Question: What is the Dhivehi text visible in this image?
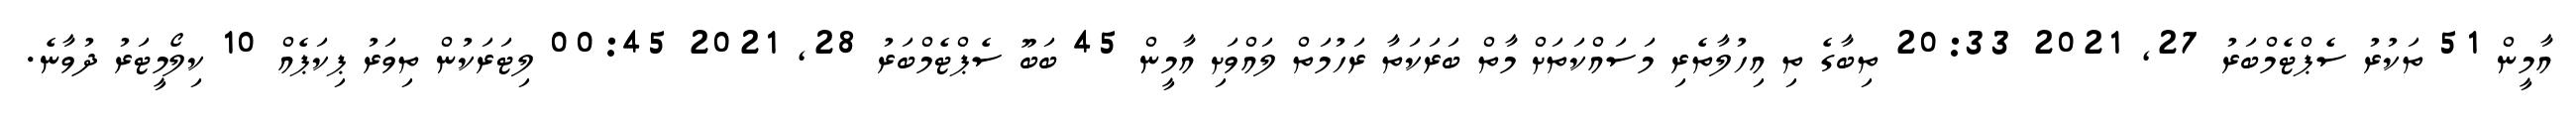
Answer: އާމީން 51 ތަކުރު ސެޕްޓެމްބަރު 27, 2021 20:33 ތިބާގެ ތި އިހުލާތެރި މަސައްކަތަށް މާތް ބަރަކަތާ ރަހުމަތް ލައްވަށި އާމީން 45 ބަބޫ ސެޕްޓެމްބަރު 28, 2021 00:45 ލިޓަރަކުން ތިވަރު ޕިކަޕެއް 10 ކިލޯމީޓަރު ދުވާނެ.